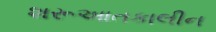
શરૂઆતકાલીન